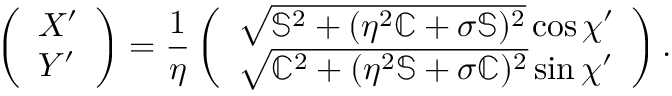
\left( \begin{array} { l } { X ^ { \prime } } \\ { Y ^ { \prime } } \end{array} \right) = \frac { 1 } { \eta } \left( \begin{array} { l } { \sqrt { \mathbb { S } ^ { 2 } + ( \eta ^ { 2 } \mathbb { C } + \sigma \mathbb { S } ) ^ { 2 } } \cos \chi ^ { \prime } } \\ { \sqrt { \mathbb { C } ^ { 2 } + ( \eta ^ { 2 } \mathbb { S } + \sigma \mathbb { C } ) ^ { 2 } } \sin \chi ^ { \prime } } \end{array} \right) .